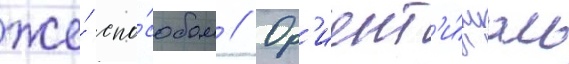
же́ спо́собом // Ор'иент'и́руась